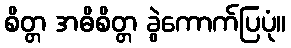
စိတ္တ အဓိစိတ္တ ခွဲကောက်ပြပုံ။